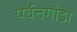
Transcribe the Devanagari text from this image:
पर्वतगौडा